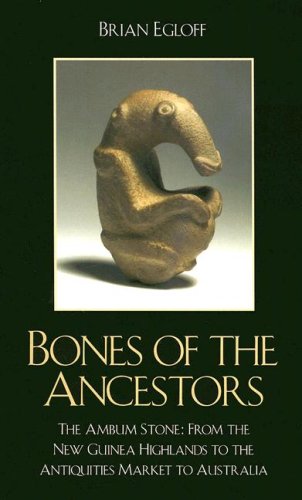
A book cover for Bones of the Ancestors: The Ambum Stone; Brian Egloff; History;